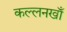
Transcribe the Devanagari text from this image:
कल्लनखाँ